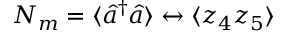
N _ { m } = \langle \hat { a } ^ { \dagger } \hat { a } \rangle \leftrightarrow \langle z _ { 4 } z _ { 5 } \rangle